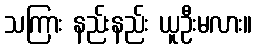
သကြား နည်းနည်း ယူဦးမလား။